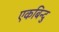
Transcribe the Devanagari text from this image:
एकबिन्दु